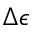
\Delta \epsilon